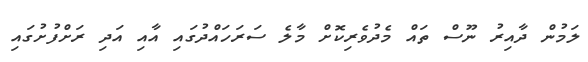
ލަމުން ދާއިރު ނޫސް ތައް މެދުވެރިކޮށް މާލެ ސަރަހައްދުގައި އާއި އަދި ރަށްފުށުގައި